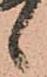
候